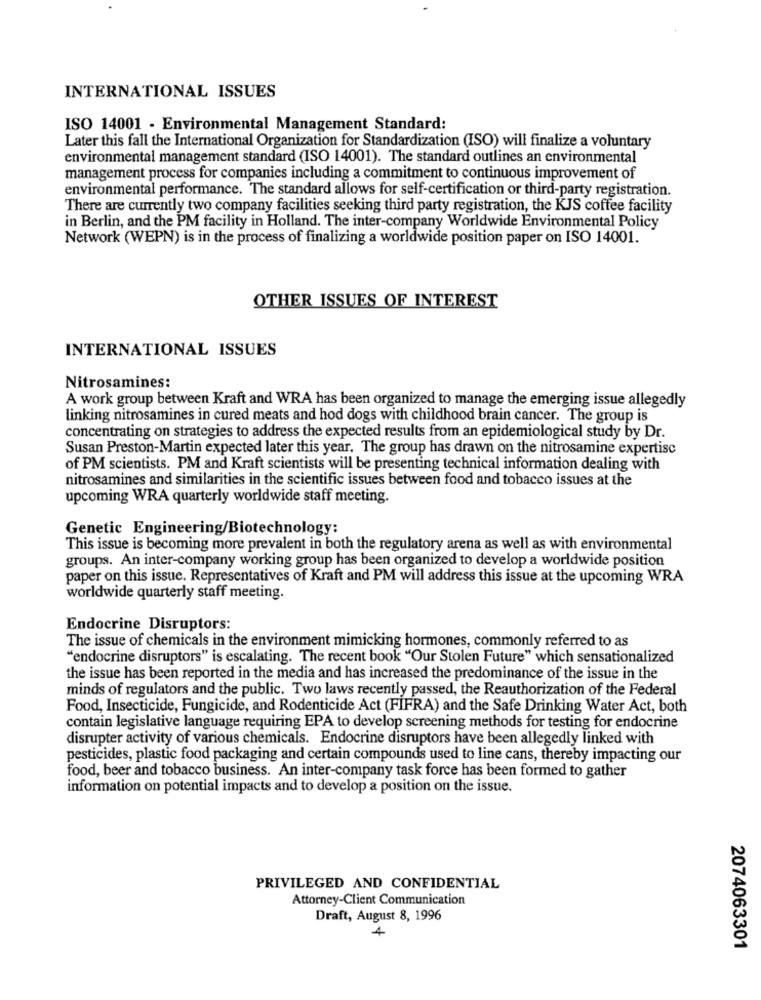
INTERNATIONAL ISSUES
ISO 14001 - Environmental Management Standard:
Later this fall the International Organization for Standardization (ISO) will finalize a voluntary
environmental management standard (ISO 14001). The standard outlines an environmental
management process for companies including a commitment to continuous improvement of
environmental performance. The standard allows for self-certification or third-party registration.
There are currently two company facilities seeking third party registration, the KJS coffee facility
in Berlin, and the PM facility in Holland. The inter-company Worldwide Environmental Policy
Network (WEPN) is in the process of finalizing a worldwide position paper on ISO 14001.
OTHER ISSUES OF INTEREST
INTERNATIONAL ISSUES
Nitrosamines:
A work group between Kraft and WRA has been organized to manage the emerging issue allegedly
linking nitrosamines in cured meats and hod dogs with childhood brain cancer. The group is
concentrating on strategies to address the expected results from an epidemiological study by Dr.
Susan Preston-Martin expected later this year. The group has drawn on the nitrosamine expertisc
of PM scientists. PM and Kraft scientists will be presenting technical information dealing with
nitrosamines and similarities in the scientific issues between food and tobacco issues at the
upcoming WRA quarterly worldwide staff meeting.
Genetic Engineering/Biotechnology:
This issue is becoming more prevalent in both the regulatory arena as well as with environmental
groups. An inter-company working group has been organized to develop a worldwide position
paper on this issue. Representatives of Kraft and PM will address this issue at the upcoming WRA
worldwide quarterly staff meeting.
Endocrine Disruptors:
The issue of chemicals in the environment mimicking hormones, commonly referred to as
"endocrine disruptors" is escalating. The recent book "Our Stolen Future" which sensationalized
the issue has been reported in the media and has increased the predominance of the issue in the
minds of regulators and the public. Two laws recently passed, the Reauthorization of the Federal
Food, Insecticide, Fungicide, and Rodenticide Act (FIFRA) and the Safe Drinking Water Act, both
contain legislative language requiring EPA to develop screening methods for testing for endocrine
disrupter activity of various chemicals. Endocrine disruptors have been allegedly linked with
pesticides, plastic food packaging and certain compounds used to line cans, thereby impacting our
food, beer and tobacco business. An inter-company task force has been formed to gather
information on potential impacts and to develop a position on the issue.
PRIVILEGED AND CONFIDENTIAL
Attorney-Client Communication
Draft, August 8, 1996
4
2074063301